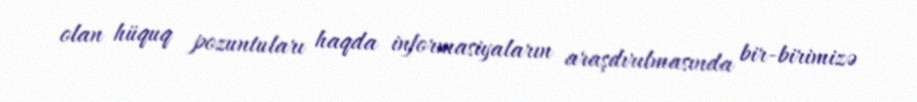
olan hüquq pozuntuları haqda informasiyaların araşdırılmasında bir-birimizə